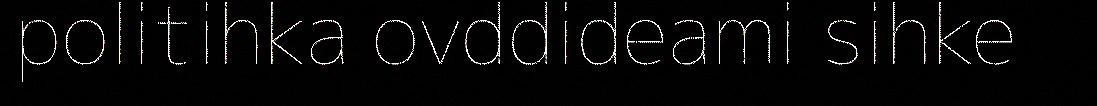
politihka ovddideami sihke